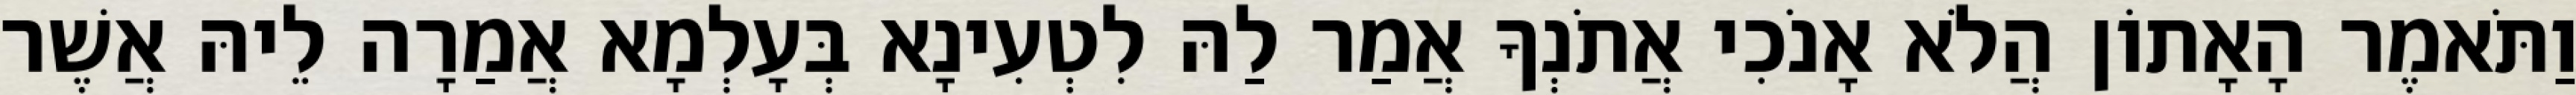
וַתֹּאמֶר הָאָתוֹן הֲלֹא אָנֹכִי אֲתֹנְךָ אֲמַר לַהּ לִטְעִינָא בְּעָלְמָא אֲמַרָה לֵיהּ אֲשֶׁר